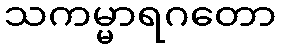
သကမ္မာရဂတော